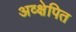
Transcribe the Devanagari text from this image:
अव्क्षेपित